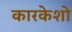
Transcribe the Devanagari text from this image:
कारकेशो